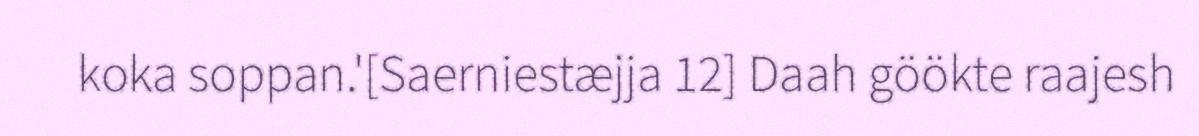
koka soppan.'[Saerniestæjja 12] Daah göökte raajesh